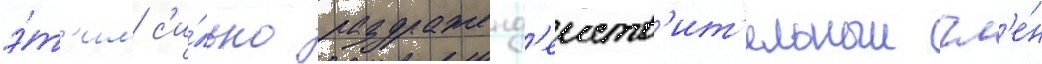
э́т'им с'и́льно раздраженд'еиств'ит'ельныи чл'е́н